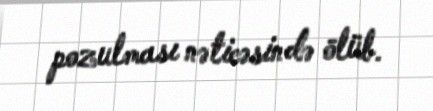
pozulması nəticəsində ölüb.